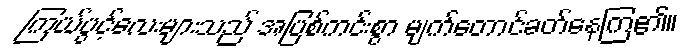
ကြယ်ပွင့်လေးများသည် အပြစ်ကင်းစွာ မျက်တောင်ခတ်နေကြ၏။